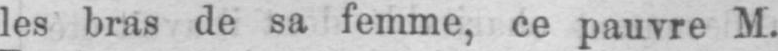
les bras de sa femme, ce pauvre M.